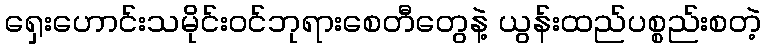
ရှေးဟောင်းသမိုင်းဝင်ဘုရားစေတီတွေနဲ့ ယွန်းထည်ပစ္စည်းစတဲ့